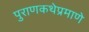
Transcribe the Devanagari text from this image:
पुराणकथेप्रमाणे